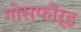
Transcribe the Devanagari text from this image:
गोसफोर्ड